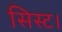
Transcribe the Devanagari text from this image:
सिस्ट।